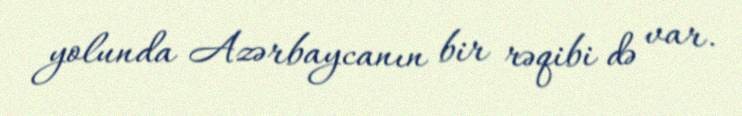
yolunda Azərbaycanın bir rəqibi də var.